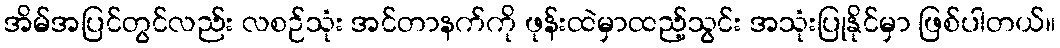
အိမ်အပြင်တွင်လည်း လစဉ်သုံး အင်တာနက်ကို ဖုန်းထဲမှာထည့်သွင်း အသုံးပြုနိုင်မှာ ဖြစ်ပါတယ်။